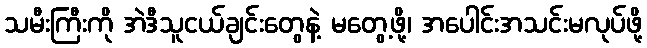
သမီးကြီးကို အဲဒီသူငယ်ချင်းတွေနဲ့ မတွေ့ဖို့၊ အပေါင်းအသင်းမလုပ်ဖို့